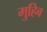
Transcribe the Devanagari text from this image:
मुहिब